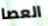
العصا